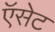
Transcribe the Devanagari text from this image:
ऍसेट